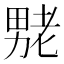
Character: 𫦶